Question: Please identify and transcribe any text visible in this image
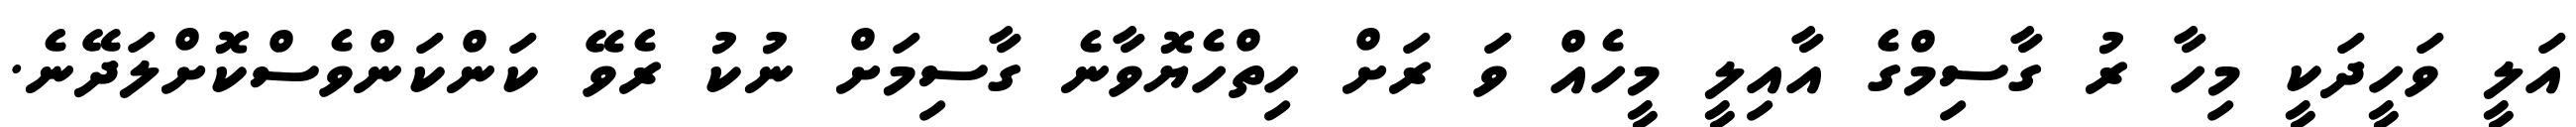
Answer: އަލީ ވަހީދަކީ މިހާ ރު ގާސިމްގެ އާއިލީ މީހެއް ވަ ރަށް ހިތްހެޔޮވާނެ ގާސިމަށް ނުކު ރެވޭ ކަންކަންވެސްކޮށްލަދޭނެ.